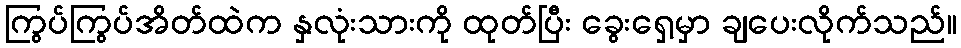
ကြွပ်ကြွပ်အိတ်ထဲက နှလုံးသားကို ထုတ်ပြီး ခွေးရှေ့မှာ ချပေးလိုက်သည်။